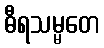
ဓီရသမ္မတေ